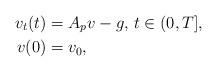
LaTeX: \begin{align*} v_t(t) &= A_p v - g,\,t\in(0,T],\\ v(0) &= v_0,\end{align*}